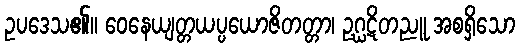
ဥပဒေသ၏။ ဝေနေယျတ္တယပ္ပယောဇိတတ္တာ၊ ဥဂ္ဃဋိတညူ အစရှိသော